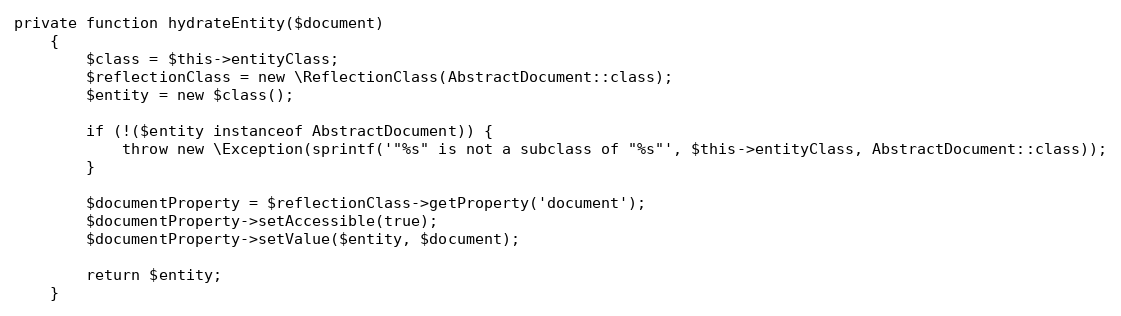
Language: PHP
private function hydrateEntity($document)
    {
        $class = $this->entityClass;
        $reflectionClass = new \ReflectionClass(AbstractDocument::class);
        $entity = new $class();

        if (!($entity instanceof AbstractDocument)) {
            throw new \Exception(sprintf('"%s" is not a subclass of "%s"', $this->entityClass, AbstractDocument::class));
        }

        $documentProperty = $reflectionClass->getProperty('document');
        $documentProperty->setAccessible(true);
        $documentProperty->setValue($entity, $document);

        return $entity;
    }